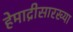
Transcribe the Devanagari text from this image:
हेमाद्रीसारख्या